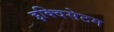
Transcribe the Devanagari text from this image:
इक्विसेटम